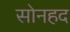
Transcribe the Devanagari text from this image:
सोनहद